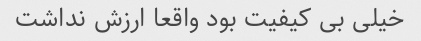
خیلی بی کیفیت بود واقعا ارزش نداشت